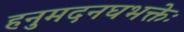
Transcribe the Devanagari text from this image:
हनुमदनघभक्तेः